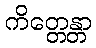
ကိတ္တေန္တာ